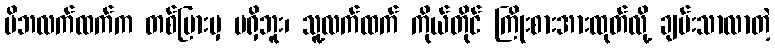
မိဘလက်ထက်က တစ်ပြားမှ မရှိဘူး၊ သူ့လက်ထက် ကိုယ်တိုင် ကြိုးစားအားထုတ်လို့ ချမ်းသာလာတဲ့